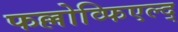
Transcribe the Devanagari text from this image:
फल्लोव्फिएल्द्